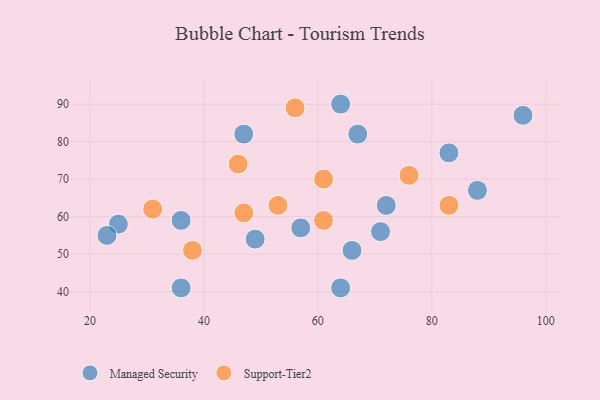
{"axis": {"x": "GDP", "y": "Life Expectancy"}, "legend": ["Managed Security", "Support-Tier2"], "data": [{"x": "57", "y": 57, "type": "Managed Security"}, {"x": "25", "y": 58, "type": "Managed Security"}, {"x": "72", "y": 63, "type": "Managed Security"}, {"x": "49", "y": 54, "type": "Managed Security"}, {"x": "67", "y": 82, "type": "Managed Security"}, {"x": "83", "y": 77, "type": "Managed Security"}, {"x": "64", "y": 41, "type": "Managed Security"}, {"x": "36", "y": 59, "type": "Managed Security"}, {"x": "96", "y": 87, "type": "Managed Security"}, {"x": "66", "y": 51, "type": "Managed Security"}, {"x": "64", "y": 90, "type": "Managed Security"}, {"x": "23", "y": 55, "type": "Managed Security"}, {"x": "71", "y": 56, "type": "Managed Security"}, {"x": "36", "y": 41, "type": "Managed Security"}, {"x": "47", "y": 82, "type": "Managed Security"}, {"x": "88", "y": 67, "type": "Managed Security"}, {"x": "76", "y": 71, "type": "Support-Tier2"}, {"x": "83", "y": 63, "type": "Support-Tier2"}, {"x": "53", "y": 63, "type": "Support-Tier2"}, {"x": "46", "y": 74, "type": "Support-Tier2"}, {"x": "31", "y": 62, "type": "Support-Tier2"}, {"x": "56", "y": 89, "type": "Support-Tier2"}, {"x": "47", "y": 61, "type": "Support-Tier2"}, {"x": "38", "y": 51, "type": "Support-Tier2"}, {"x": "61", "y": 70, "type": "Support-Tier2"}, {"x": "61", "y": 59, "type": "Support-Tier2"}]}